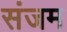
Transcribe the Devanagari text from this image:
संजम